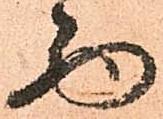
西